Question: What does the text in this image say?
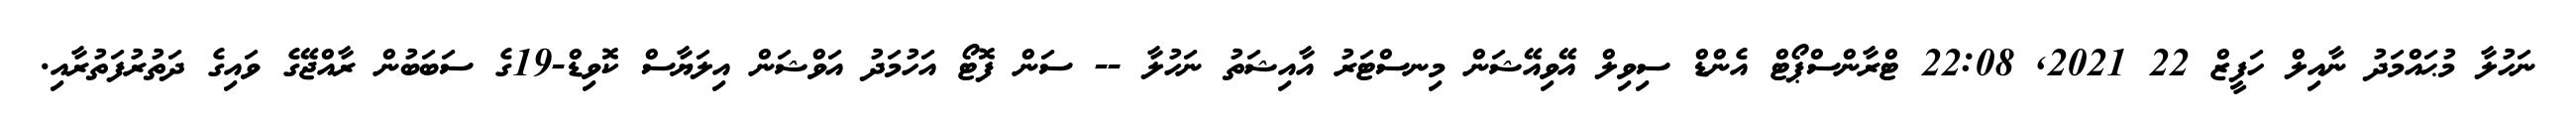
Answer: ނަހުލާ މުޙައްމަދު ނާއިލް ހަފީޒް 22 2021, 22:08 ޓްރާންސްޕޯޓް އެންޑް ސިވިލް އޭވިއޭޝަން މިނސްޓަރު އާއިޝަތު ނަހުލާ -- ސަން ފޮޓޯ އަހުމަދު އަވްޝަން އިލަޔާސް ކޮވިޑް-19ގެ ސަބަބުން ރާއްޖޭގެ ވައިގެ ދަތުރުފަތުރާއި.